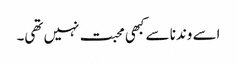
اسے وندنا سے کبھی محبت نہیں تھی۔